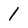
Character: I